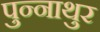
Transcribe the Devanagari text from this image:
पुन्नाथुर